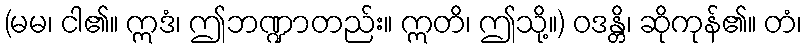
(မမ၊ ငါ၏။ ဣဒံ၊ ဤဘဏ္ဍာတည်း။ ဣတိ၊ ဤသို့။) ဝဒန္တိ၊ ဆိုကုန်၏။ တံ၊